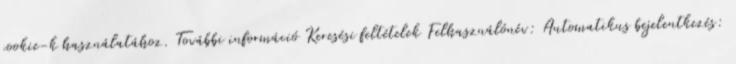
cookie-k használatához. További információ Keresési feltételek Felhasználónév: Automatikus bejelentkezés: